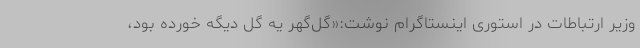
وزیر ارتباطات در استوری اینستاگرام نوشت:«گل‌گهر یه گل دیگه خورده بود،